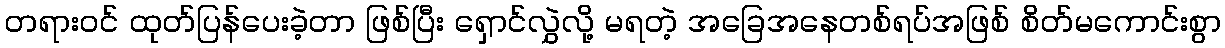
တရားဝင် ထုတ်ပြန်ပေးခဲ့တာ ဖြစ်ပြီး ရှောင်လွှဲလို့ မရတဲ့ အခြေအနေတစ်ရပ်အဖြစ် စိတ်မကောင်းစွာ